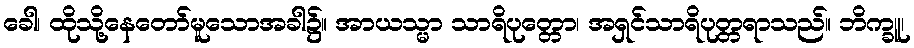
ခေါ၊ ထိုသို့နေတော်မူသောအခါ၌။ အာယသ္မာ သာရိပုတ္တော၊ အရှင်သာရိပုတ္တရာသည်။ ဘိက္ခူ၊